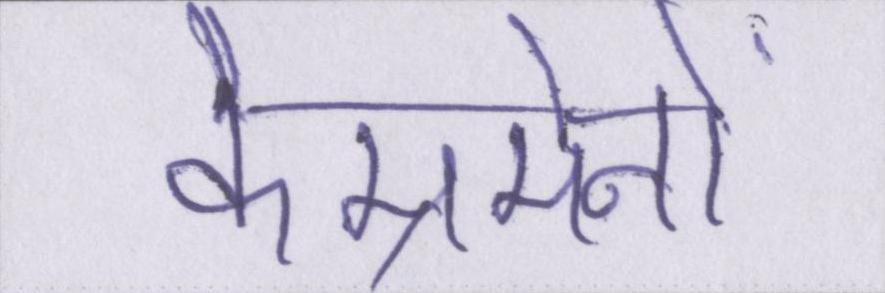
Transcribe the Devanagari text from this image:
कैम्रमेनों